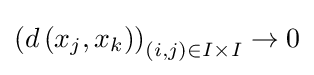
\left(d\left(x_{j},x_{k}\right)\right)_{(i,j)\in I\times I}\to 0